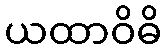
ယထာဝိဓိ